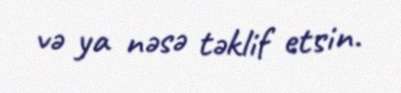
və ya nəsə təklif etsin.